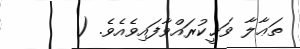
ތަޢާލާ ވަޙީކުރައްވާފައިވެއެވެ. (